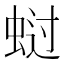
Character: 𰲺